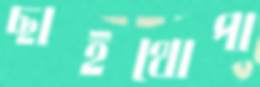
ছাইথোপা